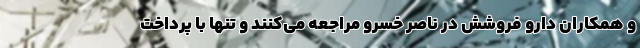
و همکاران دارو فروشش در ناصر خسرو مراجعه می‌کنند و تنها با پرداخت